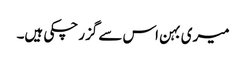
میری بہن اس سے گزر چکی ہیں۔